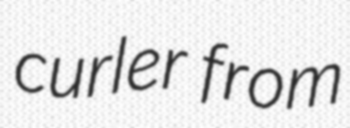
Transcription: curler from